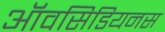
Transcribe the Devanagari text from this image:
ऑवसिडियनस